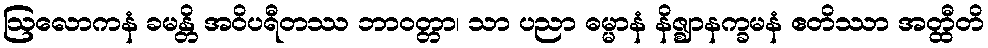
ဩလောကနံ ခမန္တိ အဝိပရီတဿ ဘာဝတ္တာ၊ သာ ပညာ ဓမ္မာနံ နိဇ္ဈာနက္ခမနံ ဧတိဿာ အတ္ထီတိ